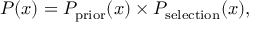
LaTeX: P ( x ) = P _ { \mathrm { p r i o r } } ( x ) \times P _ { \mathrm { s e l e c t i o n } } ( x ) ,